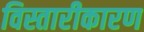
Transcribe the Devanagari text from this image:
विस्तारीकारण